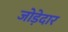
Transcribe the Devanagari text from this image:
जोड़ेदार